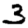
Digit: 3